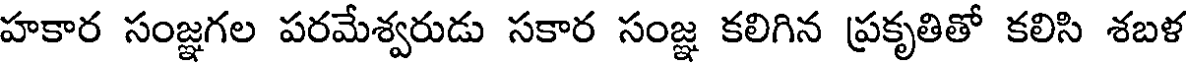
హకార సంజ్ఞగల పరమేశ్వరుడు సకార సంజ్ఞ కలిగిన ప్రకృతితో కలిసి శబళ